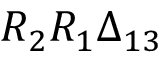
R _ { 2 } R _ { 1 } \boldsymbol { \Delta } _ { 1 3 }